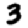
Digit: 3